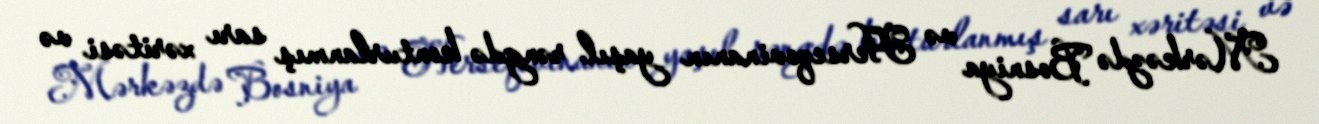
Mərkəzdə Bosniya və Herseqovinanın yaşıl rəngdə konturlanmış sarı xəritəsi və